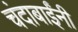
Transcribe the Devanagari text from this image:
चंदाबाईंनी